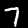
Digit: 7